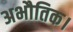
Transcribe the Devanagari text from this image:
अभौतिक।